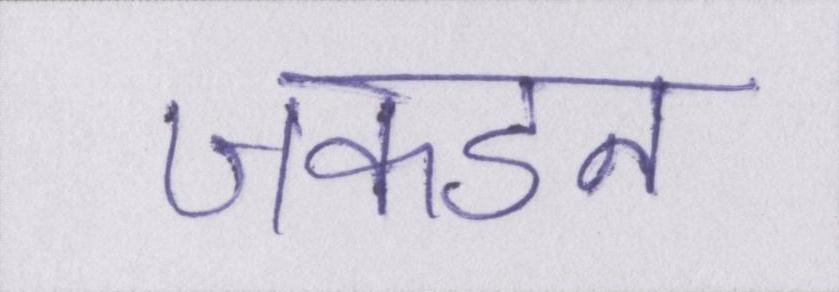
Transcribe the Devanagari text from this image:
जकडन